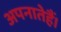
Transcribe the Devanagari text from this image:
अपनातेहैं।